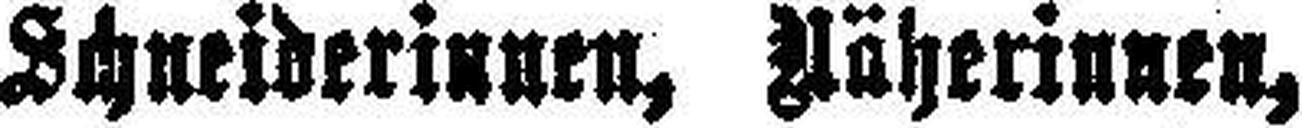
Schneiderinnen, Näherinnen,